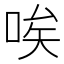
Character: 唉